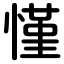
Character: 慬